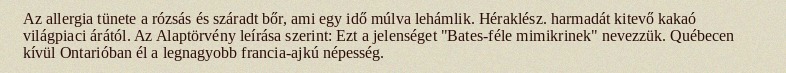
Az allergia tünete a rózsás és száradt bőr, ami egy idő múlva lehámlik. Héraklész. harmadát kitevő kakaó világpiaci árától. Az Alaptörvény leírása szerint: Ezt a jelenséget "Bates-féle mimikrinek" nevezzük. Québecen kívül Ontarióban él a legnagyobb francia-ajkú népesség.